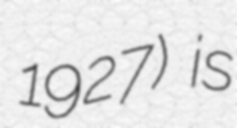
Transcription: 1927) is